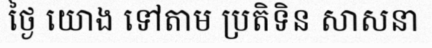
ថ្ងៃ យោង ទៅតាម ប្រតិទិន សាសនា